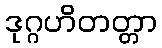
ဒုဂ္ဂဟိတတ္တာ